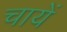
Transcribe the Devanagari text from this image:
चायें